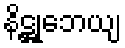
နိဋ္ဌုဘေယျ